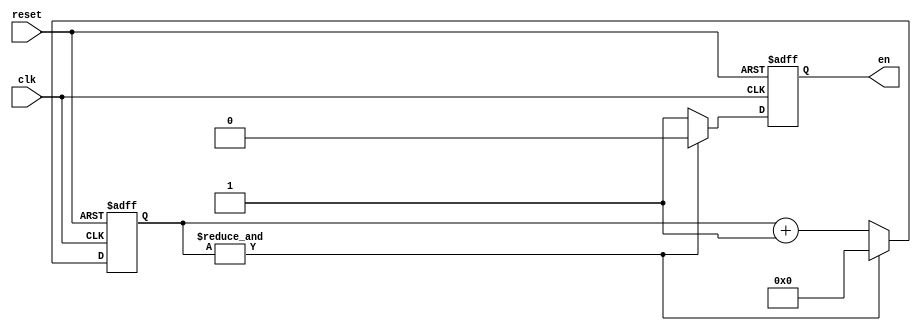
module counter23bit(clk, reset, en);

input clk, reset;
output reg en;
reg [22:0] count23;

/*23 bit counter, but when all its' bits become 1, then en turns to 0(active low en)*/
always @ (posedge clk or posedge reset) begin  
	if (reset)  begin
		count23 <= 23'd0;  
		en<=1'b1;
	end
    else if(&count23) begin
		count23 <= 23'd0;
		en<=1'b0;
	end
	else  
	begin
		count23 <= count23 + 23'd1;
		en<=1'b1;
	end
end

endmodule